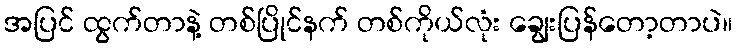
အပြင် ထွက်တာနဲ့ တစ်ပြိုင်နက် တစ်ကိုယ်လုံး ချွေးပြန်တော့တာပဲ။